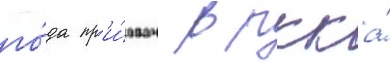
го́да пр'и́зван в ркка́